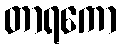
တာရကော